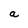
Character: a